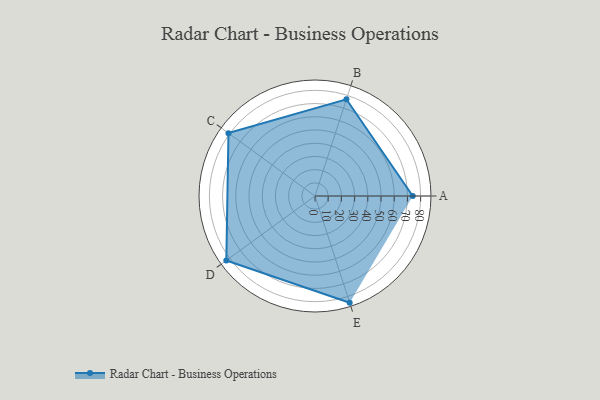
{"axis": {"x": "Skill", "y": "Score"}, "legend": ["Profile"], "data": [{"x": "A", "y": 74.0, "type": "Profile"}, {"x": "B", "y": 77.0, "type": "Profile"}, {"x": "C", "y": 81.0, "type": "Profile"}, {"x": "D", "y": 83.0, "type": "Profile"}, {"x": "E", "y": 85.0, "type": "Profile"}]}